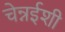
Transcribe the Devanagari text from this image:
चेन्नईशी